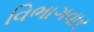
વિભાગવાર